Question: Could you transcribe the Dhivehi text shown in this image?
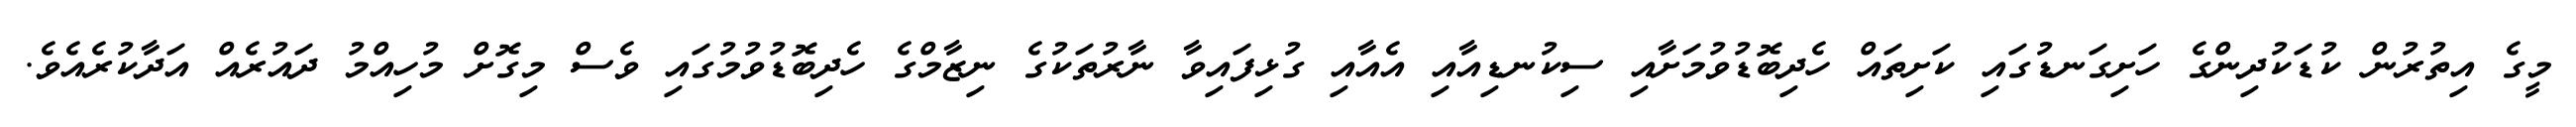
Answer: މީގެ އިތުރުން ކުޑަކުދިންގެ ހަށިގަނޑުގައި ކަށިތައް ހެދިބޮޑުވުމަށާއި ސިކުނޑިއާއި އެއާއި ގުޅިފައިވާ ނާރުތަކުގެ ނިޒާމްގެ ހެދިބޮޑުވުމުގައި ވެސް މިގޮށް މުހިއްމު ދައުރެއް އަދާކުރެއެވެ.